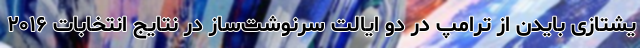
یشتازی بایدن از ترامپ در دو ایالت سرنوشت‌ساز در نتایج انتخابات ۲۰۱۶